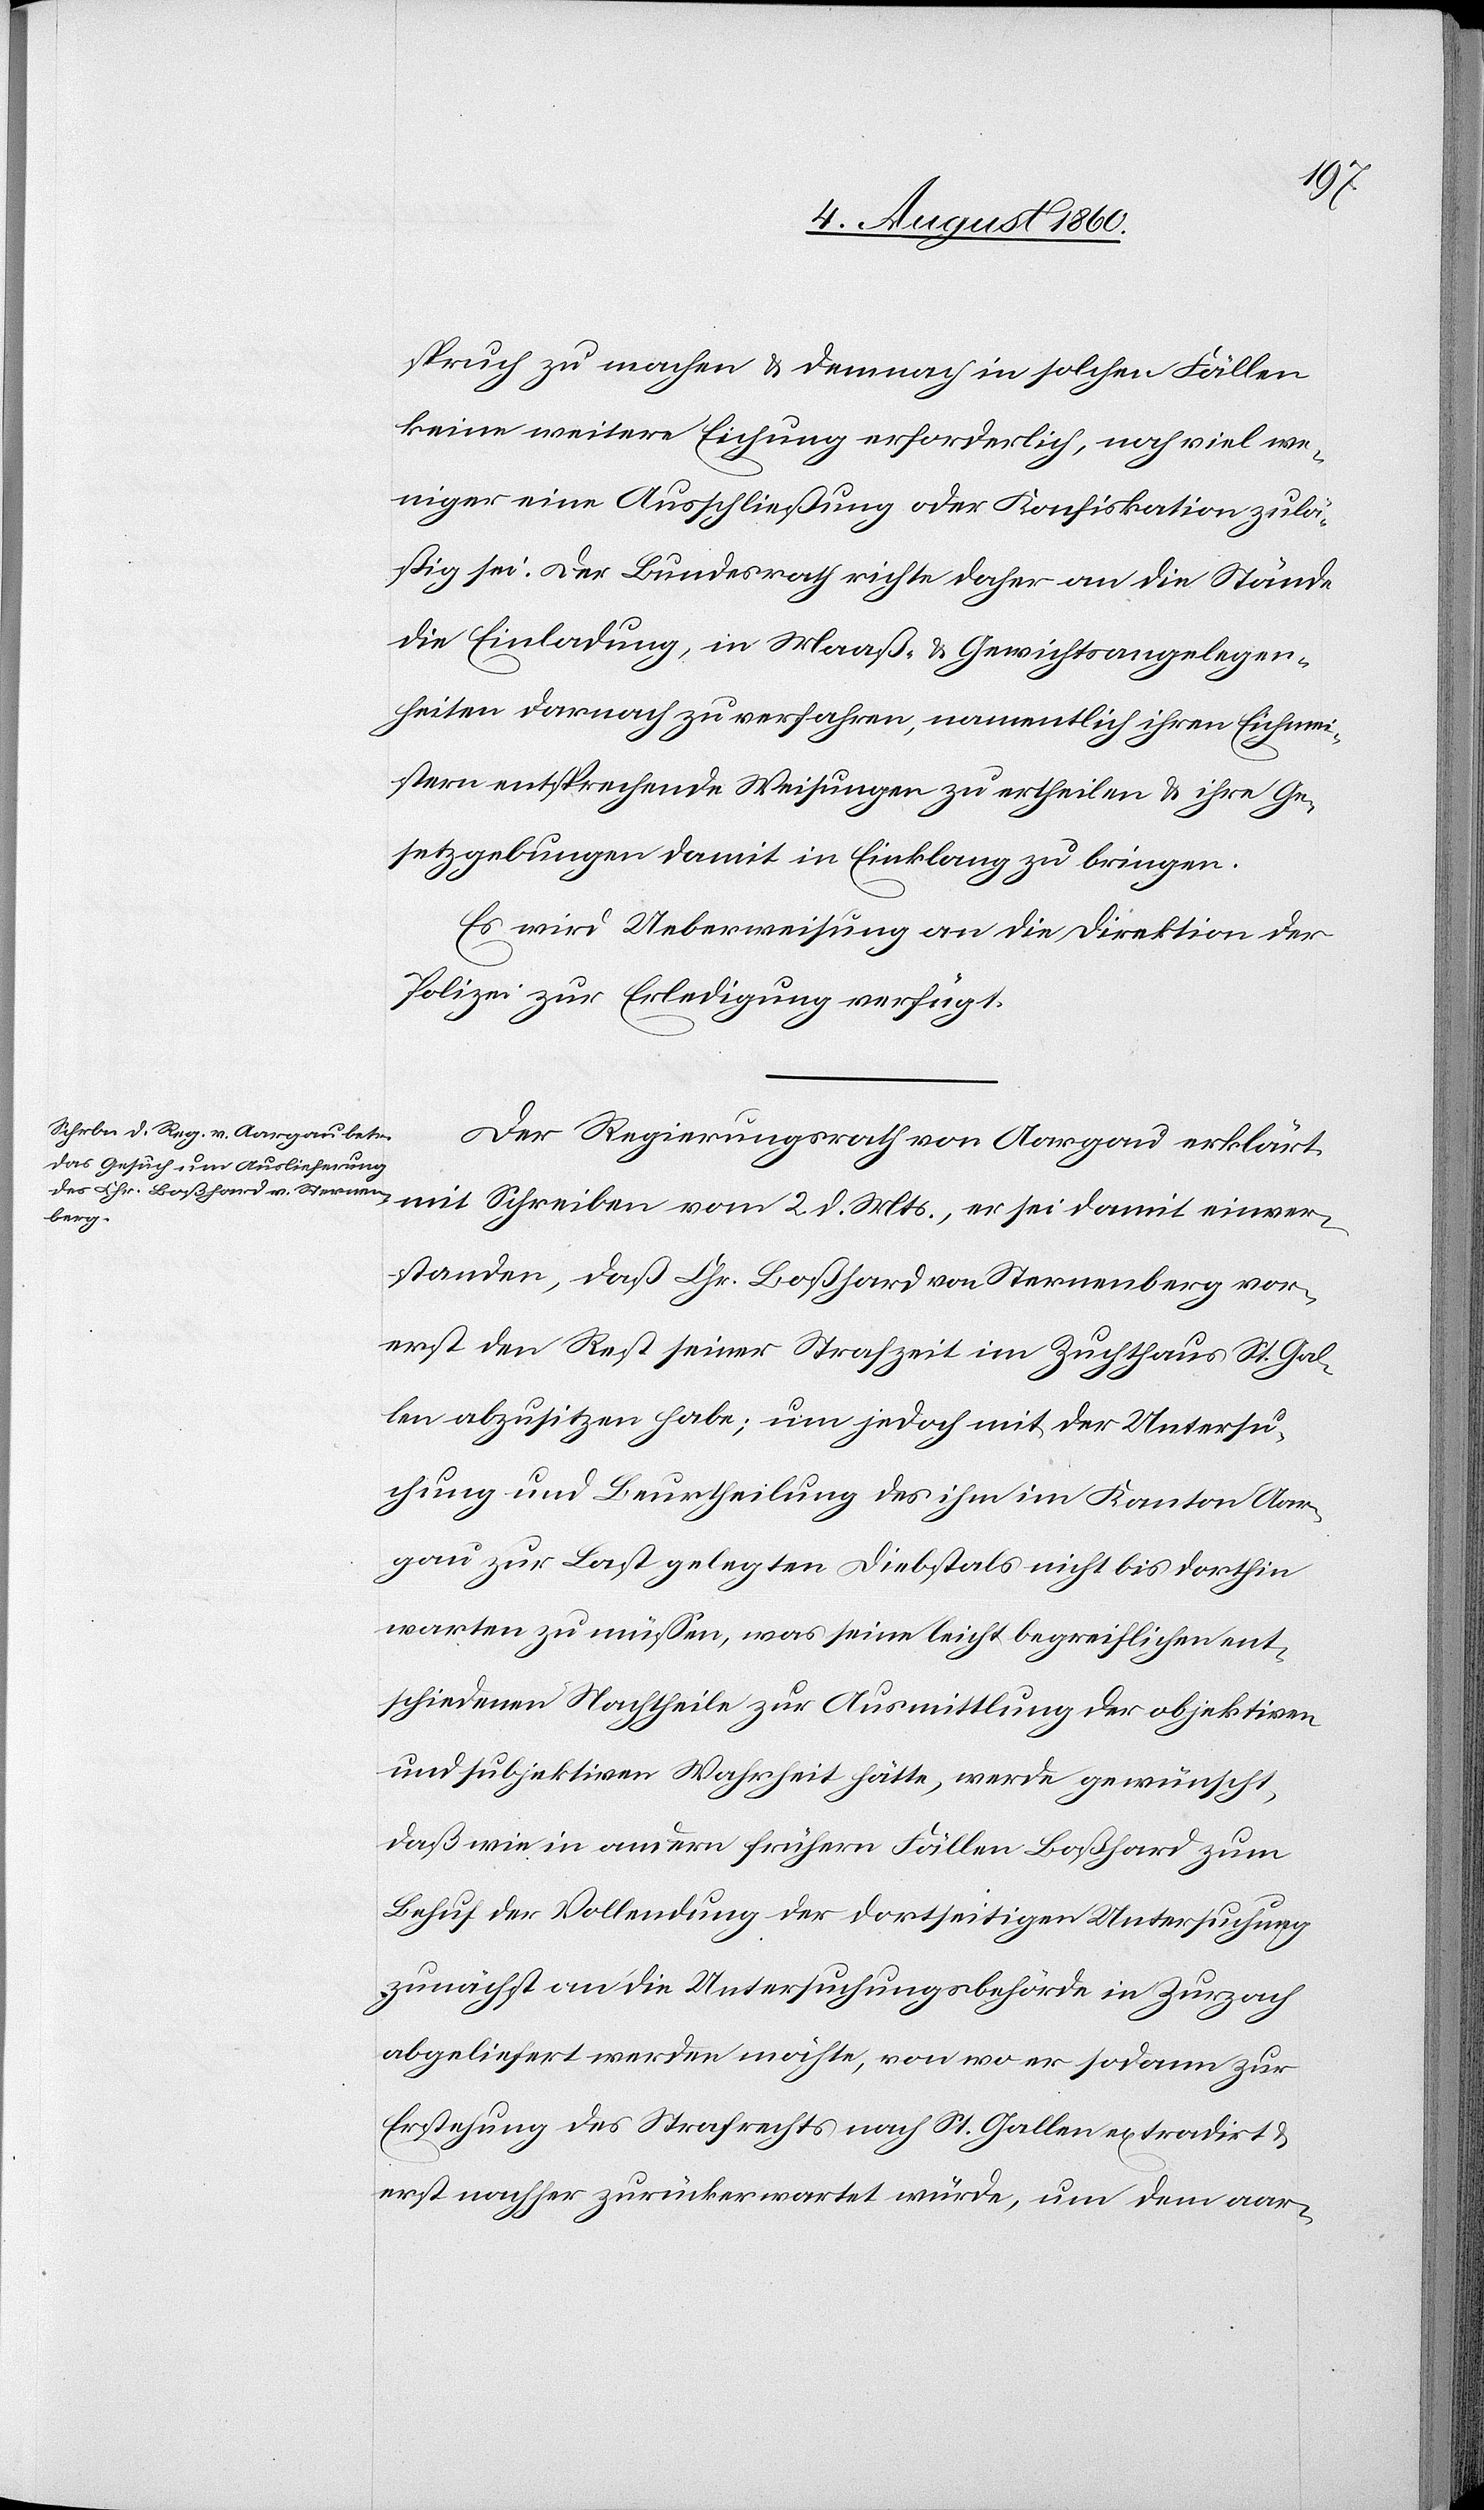
keine weitere Eichung erforderlich, noch viel we¬
niger eine Ausschließung oder Konfiskation zulä¬
ssig sei. Der Bundesrath richte daher an die Stände
die Einladung, in Mass- u. Gewichtsangelegen¬
heiten darnach zu verfahren, namentlich ihren Eichmei¬
stern entsprechende Weisungen zu ertheilen und ihre Ge¬
setzgebungen damit in Einklang zu bringen.
Es wird Ueberweisung an die Direktion der
Polizei zur Erledigung verfügt.
Der Regierungsrath von Aargau erklärt
mit Schreiben vom 2. d. Mts., er sei damit einver¬
standen, dass Chr. Bosshard von Sternenberg vor¬
erst den Rest seiner Strafzeit im Zuchthaus St. Gal¬
len abzusitzen habe; um jedoch mit der Untersu¬
chung um Beurtheilung des ihm im Kanton Aar¬
gau zur Last gelegten Diebstals nicht bis dorthin
warten zu müssen, was seine leicht begreiflichen ent¬
schiedenen Nachtheile zur Ausmittlung der objektiven
und subjektiven Wahrheit hätte, werde gewünscht,
dass wie in andern frühern Fällen Bosshard zum
Behuf, der Vollendung der dortseitigen Untersuchung
zunächst an die Untersuchungsbehörde in Zurzach
abgeliefert werden möchte, von wo er sodann zur
Erstehung des Strafrechts nach St. Gallen extradirt u.
erst nachher zurückerwartet würde, um dem